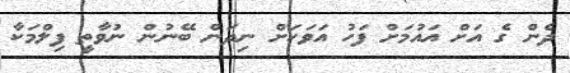
ދެން ގެ އަށް އައުމަށް ފަހު އަވަހަށް ނިދަން ބޭނުން ނުވާތީ ފިލްމަކާ